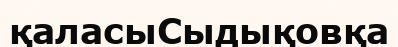
қаласыСыдықовқа